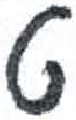
אות: ט